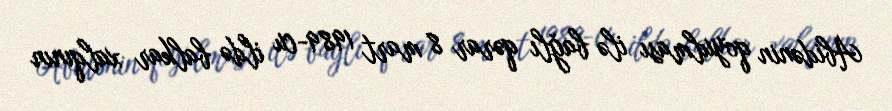
Abidənin qoyulması ilə bağlı qərar 8 mart 1989-cu ildə balkar xalqının